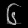
Digit: ၆